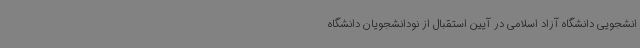
انشجویی دانشگاه آزاد اسلامی در آیین استقبال از نودانشجویان دانشگاه